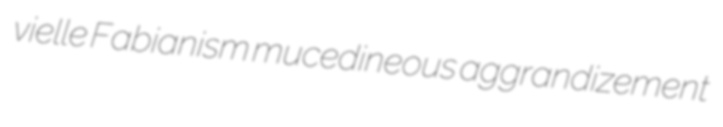
vielle Fabianism mucedineous aggrandizement